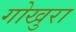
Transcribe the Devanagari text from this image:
गोखुरा